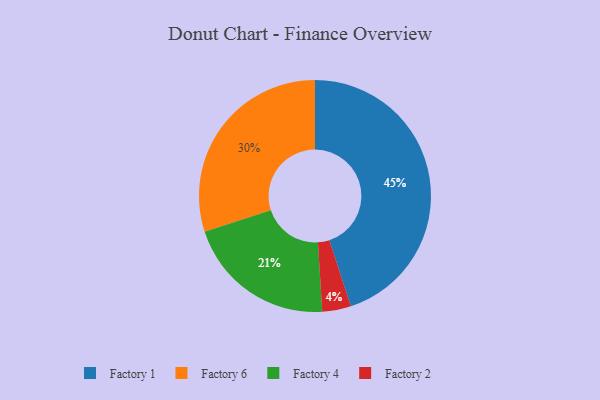
{"axis": {"x": "Category", "y": "Percentage"}, "legend": ["Factory 1", "Factory 2", "Factory 4", "Factory 6"], "data": [{"x": "Factory 1", "y": 45, "type": "Factory 1"}, {"x": "Factory 2", "y": 4, "type": "Factory 2"}, {"x": "Factory 6", "y": 30, "type": "Factory 6"}, {"x": "Factory 4", "y": 21, "type": "Factory 4"}]}